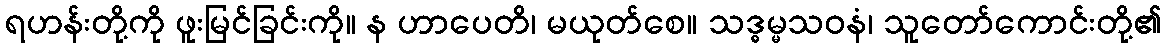
ရဟန်းတို့ကို ဖူးမြင်ခြင်းကို။ န ဟာပေတိ၊ မယုတ်စေ။ သဒ္ဓမ္မသဝနံ၊ သူတော်ကောင်းတို့၏